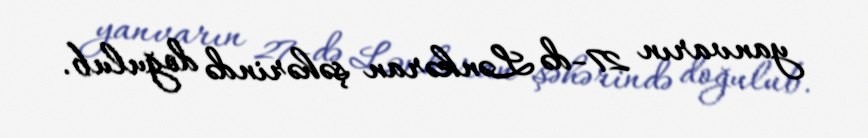
yanvarın 27-də Lənkəran şəhərində doğulub.